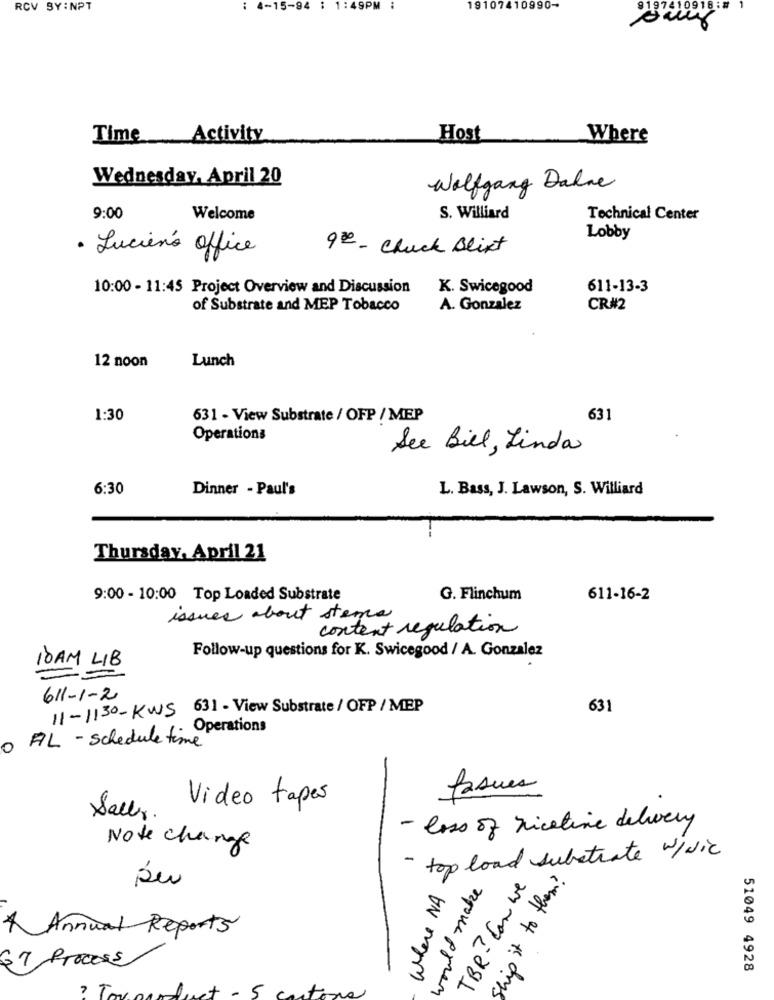
RCV SY:NPT
: 4-15-94 ; 1:49PM :
19107410990-
10918:#
Time Activity
Host
Where
Wednesday, April 20
Wolfgang Dalne
9:00
Welcome
S. Williard
Technical Center
Lobby
9ze - Chuck Blixt
. Lucien's office
10:00 - 11:45 Project Overview and Discussion
K. Swicegood
611-13-3
of Substrate and MEP Tobacco
A. Gonzalez
CR#2
12 noon
Lunch
1:30
631 - View Substrate / OFP / MEP
631
Operations
See Biel, Linda
6:30
Dinner - Paul's
L. Bass, J. Lawson, S. Williard
Thursday, April 21
9:00 - 10:00 Top Loaded Substrate
G. Flinchum
611-16-2
issues about stems
content regulation
Follow-up questions for K. Swicegood / A. Gonzalez
10AM LIB
611-1-2
11-11:30- KWS 631 - View Substrate / OFP / MEP
631
- Operations
AL - schedule time
0
Jaques
Video tapes
Sally
- loss of nicetime delivery
Note change
- top load substrate w/dic
would make
TBR ? Con we
Ship it to them ?
Where NA
4 Annual Reports
67 Process
51049 4928
, T
et - 5
entone